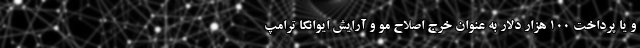
و یا پرداخت 100 هزار دلار به عنوان خرج اصلاح مو و آرایش ایوانکا ترامپ